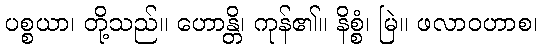
ပစ္စယာ၊ တို့သည်။ ဟောန္တိ၊ ကုန်၏။ နိစ္စံ၊ မြဲ။ ဖလာဝဟာစ၊